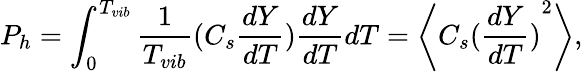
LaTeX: {P_{h}}=\int_{0}^{T_{vib}}\frac{1}{{{T_{vib}}}}({C_{s}}\frac{{dY}}{{dT}})\frac{{dY}}{{dT}}dT=\left\langle{{C_{s}}{{(\frac{{dY}}{{dT}})}^{2}}}\right\rangle,